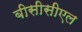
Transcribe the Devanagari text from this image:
बीसीसीएल